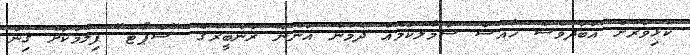
ކުޅިވަރަށް އަބަދުވެސް ޚާއްސަ ސަމާލުކަމެއް ދެމުން އަންނަ ރަންބީރުގެ "ސްޕޯޓް" ފިލްމަކަށް ގިނަ